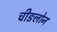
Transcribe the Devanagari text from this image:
चीङलोन